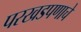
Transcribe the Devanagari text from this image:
परखडपणाचे